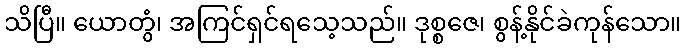
သိပြီ။ ယောတွံ၊ အကြင်ရှင်ရသေ့သည်။ ဒုစ္စဇေ၊ စွန့်နိုင်ခဲကုန်သော။